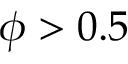
\phi > 0 . 5